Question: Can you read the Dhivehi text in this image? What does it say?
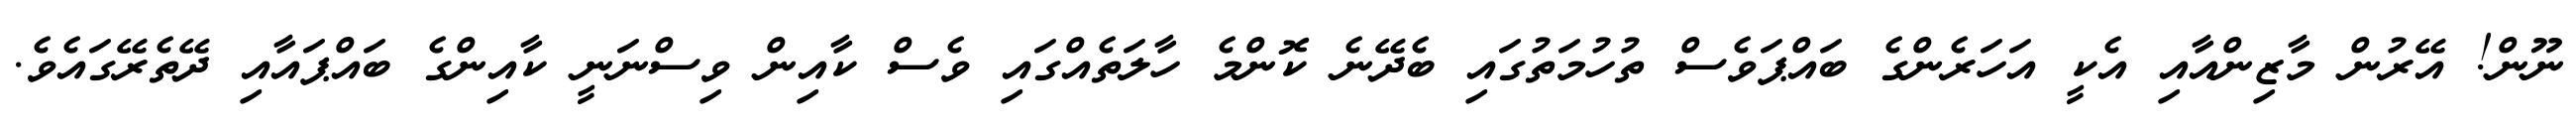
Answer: ނޫން! އޭރުން މާޒިންއާއި އެކީ އަހަރެންގެ ބައްޕަވެސް ތުހުމަތުގައި ބެދޭނެ ކޮންމެ ހާލަތެއްގައި ވެސް ކާއިން ވިސްނަނީ ކާއިންގެ ބައްޕައާއި ދޭތެރޭގައެވެ.